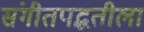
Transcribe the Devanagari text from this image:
संगीतपद्धतीला